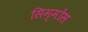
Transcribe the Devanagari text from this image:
सिम्मोंस